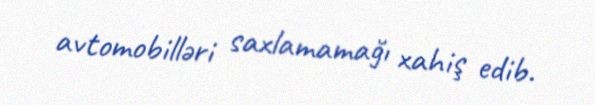
avtomobilləri saxlamamağı xahiş edib.